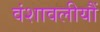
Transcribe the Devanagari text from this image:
वंशावलीयौं